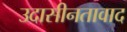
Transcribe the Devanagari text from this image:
उदासीनतावाद